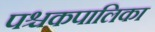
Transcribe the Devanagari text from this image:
पश्चकपालिका